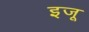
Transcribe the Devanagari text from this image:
इजू